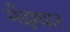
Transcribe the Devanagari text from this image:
मँझधार